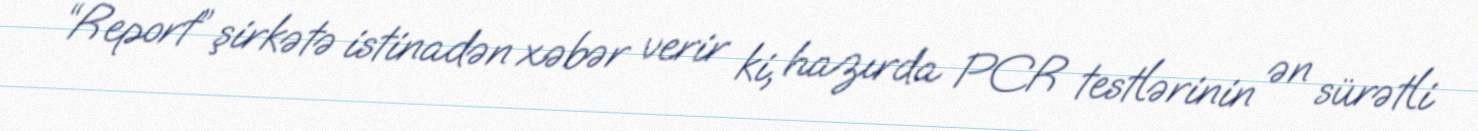
“Report” şirkətə istinadən xəbər verir ki, hazırda PCR testlərinin ən sürətli